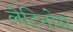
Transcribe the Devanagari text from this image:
लैटिनोस